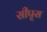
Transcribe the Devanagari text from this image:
सीपृस